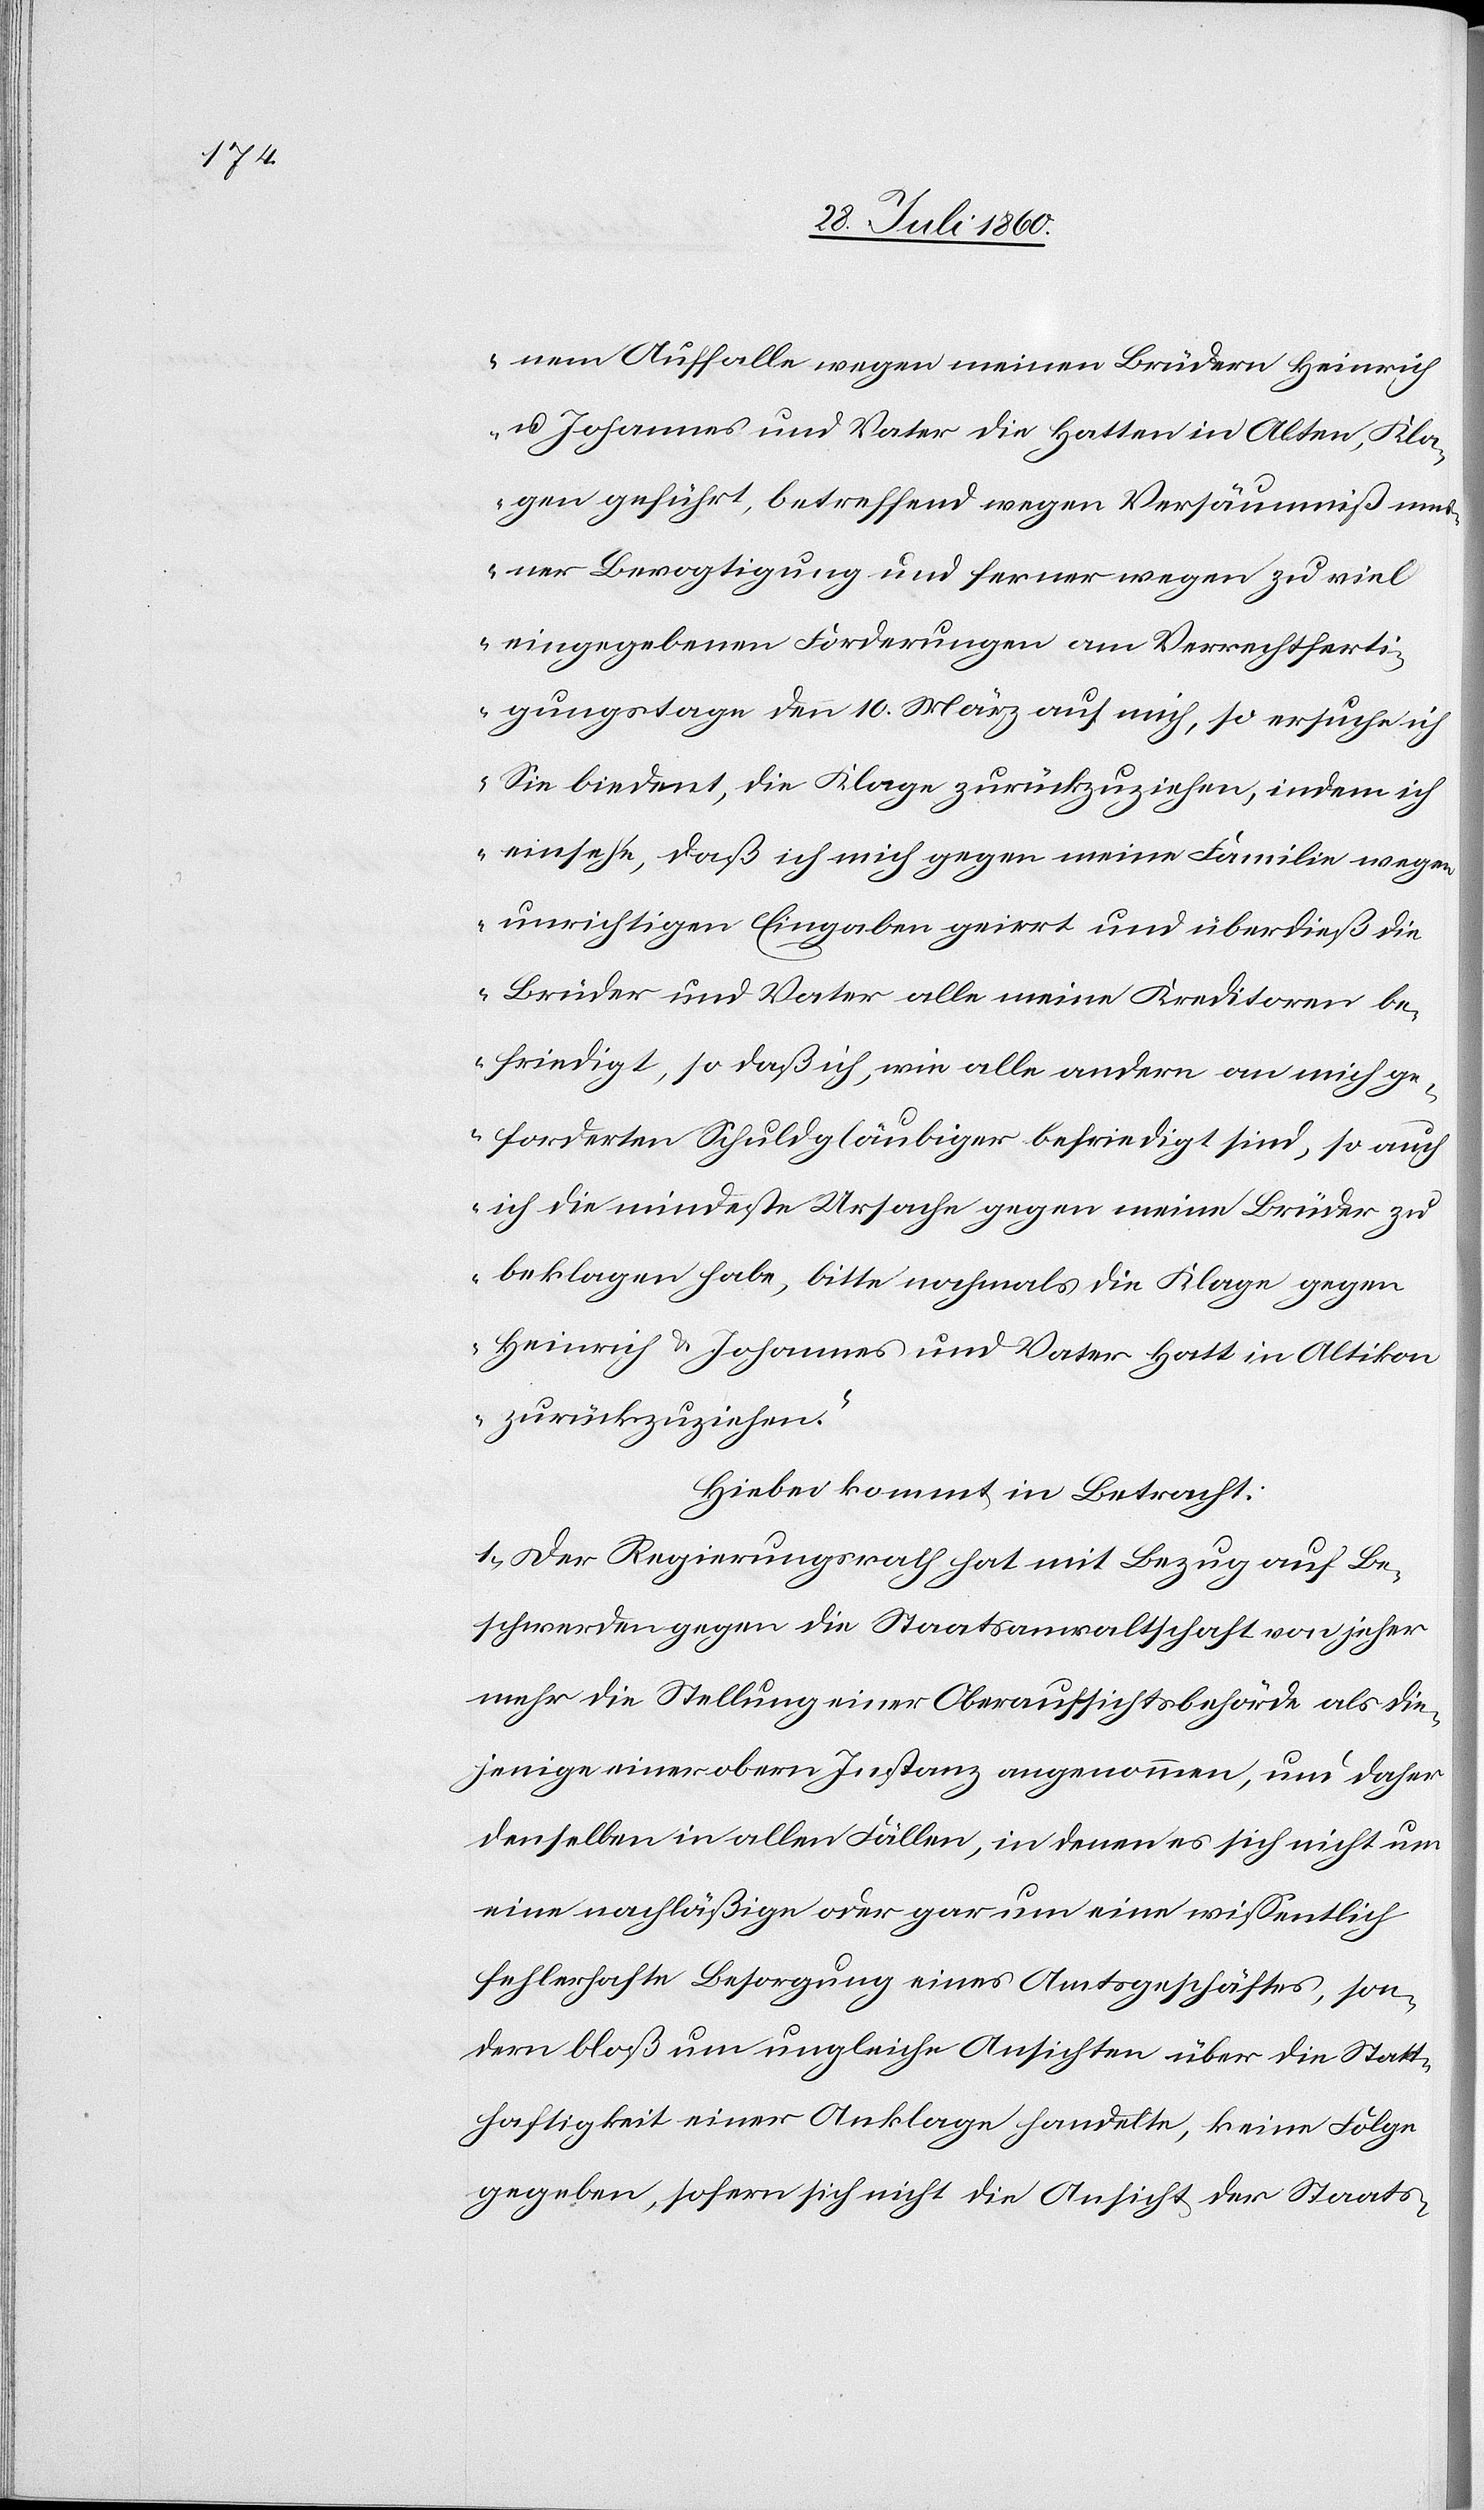
nem Auffalle wegen meinen Brüdern Heinrich
und Johannes und Vater die Hatten in Alten, Kla¬
gen geführt, betreffend wegen Versäumniss m¬
einer Bevogtigung und ferner wegen zu viel
eingegebenen Forderungen am Verrechtferti¬
gungstage den 10. März auf mich, so ersuche ich
Sie biedent [sic!] die Klage zurückzuziehen, indem ich
einsehe, dass ich mich gegen meine Familie wegen
unrichtigen Eingaben geirrt und überdies die
Brüder und Vater alle meine Kreditoren be¬
friedigt, so dass ich, sowie alle andern an mich ge¬
forderten Schuldgläubiger befriedigt sind, so auch
ich die mindeste Ursache gegen meine Brüder zu
beklagen habe, bitte nochmals die Klage gegen
Heinrich u. Johannes und Vater Hatt in Altikon
zurückzuziehen.“
Hiebei kommt in Betracht:
1. Der Regierungsrath hat mit Bezug auf Be¬
schwerden gegen die Staatsanwaltschaft von jeher
mehr die Stellung einer Oberaufsichtsbehörde als die¬
jenige einer obern Instanz angenommen, und daher
denselben in allen Fällen, in denen es sich nicht um
eine nachläßige oder gar um eine wissentlich
fehlerhafte Besorgung eines Amtsgeschäftes, son¬
dern bloß um ungleiche Ansichten über die Statt¬
haftigkeit einer Anklage handelt, keine Folge
gegeben, sofern sich nicht die Ansicht der Staats-